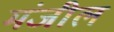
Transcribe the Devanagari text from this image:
मंजील